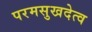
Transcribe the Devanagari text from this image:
परमसुखदेत्व